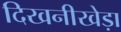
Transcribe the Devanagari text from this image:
दिखनीखेड़ा